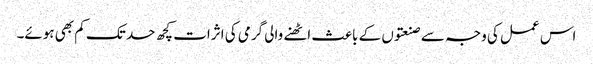
اس عمل کی وجہ سے صنعتوں کے باعث اٹھنے والی گرمی کی اثرات کچھ حد تک کم بھی ہوئے۔